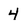
Character: 4